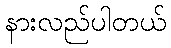
နားလည်ပါတယ်